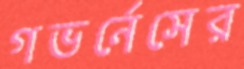
গভর্নেসের